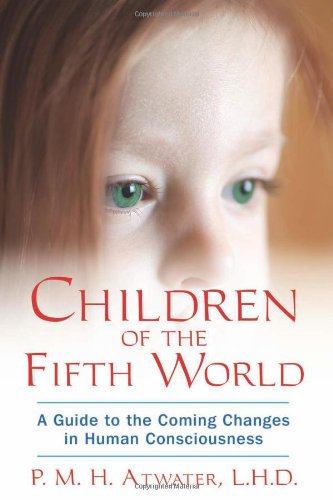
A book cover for Children of the Fifth World: A Guide to the Coming Changes in Human Consciousness; P. M. H. Atwater L.H.D.; Politics & Social Sciences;